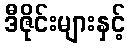
ဒီဇိုင်းများနှင့်